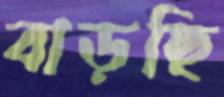
বাড়ছি